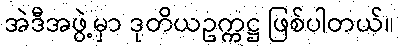
အဲဒီအဖွဲ့မှာ ဒုတိယဥက္ကဋ္ဌ ဖြစ်ပါတယ်။